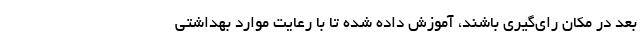
بعد در مکان رای‌گیری باشند، آموزش داده شده تا با رعایت موارد بهداشتی